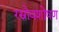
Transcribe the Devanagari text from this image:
रस्रोवशोषण